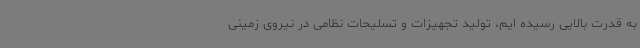
به قدرت بالایی رسیده ایم، تولید تجهیزات و تسلیحات نظامی در نیروی زمینی